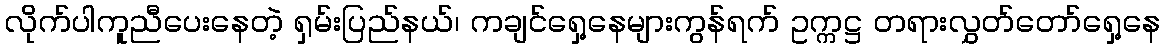
လိုက်ပါကူညီပေးနေတဲ့ ရှမ်းပြည်နယ်၊ ကချင်ရှေ့နေများကွန်ရက် ဥက္ကဋ္ဌ တရားလွှတ်တော်ရှေ့နေ